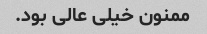
ممنون خیلی عالی بود.